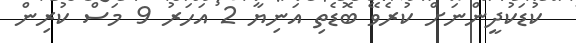
ކުޑަކުދީންނަށް ކުރެވޭ ބޮޑެތި އަނިޔާ 2 އަހަރު 9 މަސް ކުރިން